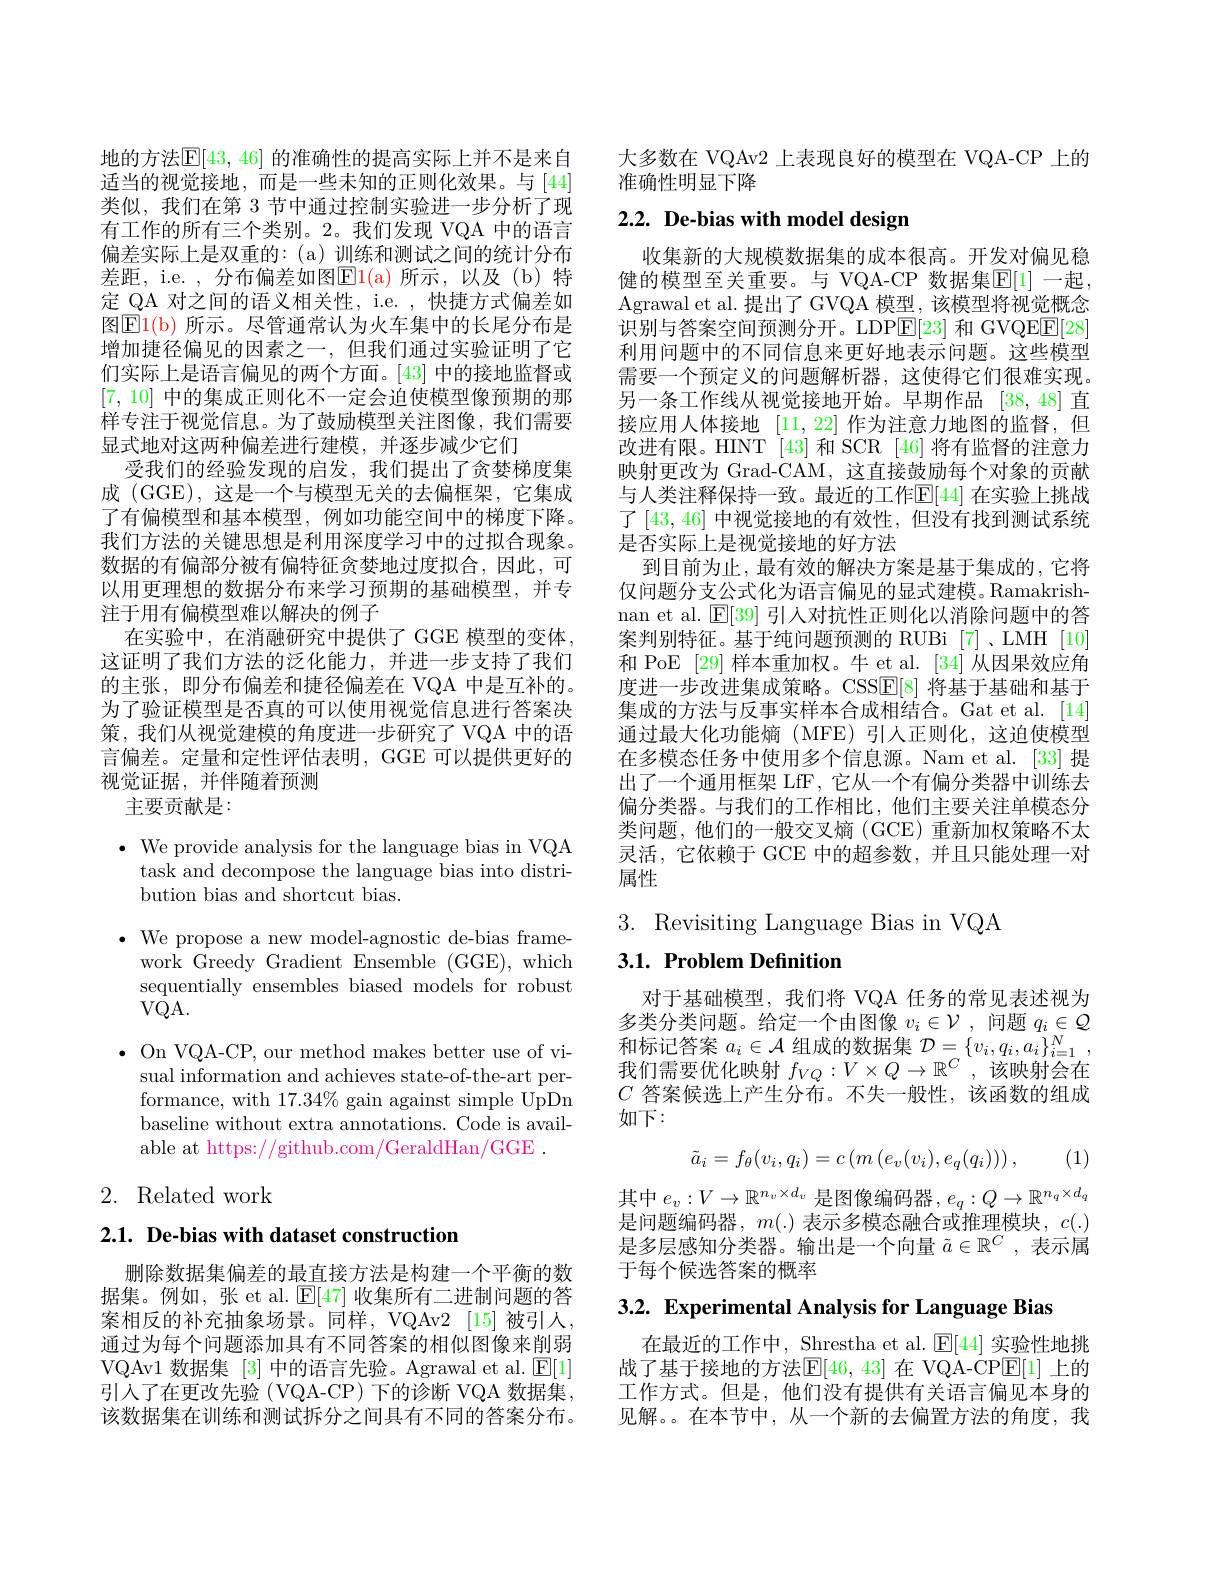
地的方法$\boxed{\mathrm{E}}[43,46]$ 的准确性的提高实际上并不是来自适当的视觉接地，而是一些未知的正则化效果。与[44] 类似，我们在第 3 节中通过控制实验进一步分析了现有工作的所有三个类别。2。我们发现 VQA 中的语言偏差实际上是双重的：(a)训练和测试之间的统计分布差距，i.e. , 分布偏差如图$\boxed{\mathrm{E}}1($a)所示，以及(b)特定 QA 对之间的语义相关性，i.e. , 快捷方式偏差如图$\operatorname{El}($b)所示。尽管通常认为火车集中的长尾分布是增加捷径偏见的因素之一，但我们通过实验证明了它们实际上是语言偏见的两个方面。[43]中的接地监督或[7,10]中的集成正则化不一定会迫使模型像预期的那样专注于视觉信息。为了鼓励模型关注图像，我们需要显式地对这两种偏差进行建模，并逐步减少它们
受我们的经验发现的启发，我们提出了贪婪梯度集成 (GGE),这是一个与模型无关的去偏框架，它集成了有偏模型和基本模型，例如功能空间中的梯度下降。我们方法的关键思想是利用深度学习中的过拟合现象。数据的有偏部分被有偏特征贪婪地过度拟合，因此，可以用更理想的数据分布来学习预期的基础模型，并专注于用有偏模型难以解决的例子
在实验中，在消融研究中提供了GGE 模型的变体， 这证明了我们方法的泛化能力，并进一步支持了我们的主张，即分布偏差和捷径偏差在 VQA 中是互补的。为了验证模型是否真的可以使用视觉信息进行答案决策，我们从视觉建模的角度进一步研究了 VQA 中的语言偏差。定量和定性评估表明，GGE 可以提供更好的视觉证据，并伴随着预测
主要贡献是：

$\bullet$ We provide analysis for the language bias in VQA
task and decompose the language bias into distri-
bution bias and shortcut bias.
$\bullet$ We propose a new model-agnostic de-bias frame-
work Greedy Gradient Ensemble (GGE), which sequentially ensembles biased models for robust $VQA.$
$\bullet$ On VQA-CP, our method makes better use of vi-
sual information and achieves state-of-the-art performance, with $17.34\%$ gain against simple UpDn baseline without extra annotations. Code is available at https://github.com/GeraldHan/GGE .

# 2. Related work

2.1. De-bias with dataset construction

删除数据集偏差的最直接方法是构建一个平衡的数据集。例如，张 et al.$\operatorname{E}[47]$收集所有二进制问题的答案相反的补充抽象场景。同样，VQAv2 [15]被引人， 通过为每个问题添加具有不同答案的相似图像来削弱VQAv1 数据集[3]中的语言先验。Agrawal et al.$\boxed{\mathrm{E}}[1]$ 引入了在更改先验(VQA-CP)下的诊断 VQA 数据集， 该数据集在训练和测试拆分之间具有不同的答案分布。

大多数在 VQAv2 上表现良好的模型在 VQA-CP 上的
准确性明显下降

# 2.2. De-bias with model design

收集新的大规模数据集的成本很高。开发对偏见稳健的模型至关重要。与 VQA-CP 数据集$\mathbb{E}[1]$ 一起， Agrawal et al. 提出了 GVQA 模型，该模型将视觉概念识别与答案空间预测分开。LDP$\overline{\mathbb{E}}[23]$和 GVQEE[28] 利用问题中的不同信息来更好地表示问题。这些模型需要一个预定义的问题解析器，这使得它们很难实现。另一条工作线从视觉接地开始。早期作品 [38,48] 直接应用人体接地[11,22]作为注意力地图的监督，但改进有限。HINT [43]和 SCR [46] 将有监督的注意力映射更改为 Grad-CAM, 这直接鼓励每个对象的贡献与人类注释保持一致。最近的工作$\mathbb{E}[44]$ 在实验上挑战了[43,46] 中视觉接地的有效性，但没有找到测试系统是否实际上是视觉接地的好方法
到目前为止，最有效的解决方案是基于集成的，它将仅问题分支公式化为语言偏见的显式建模。Ramakrishnan et al. $\mathbb{E}[39]$引人对抗性正则化以消除问题中的答案判别特征。基于纯问题预测的 RUBi [7]、LMH [10] 和 PoE [29] 样本重加权。牛 et al. [34] 从因果效应角度进一步改进集成策略。CSSE[8] 将基于基础和基于集成的方法与反事实样本合成相结合。Gat et al.[14] 通过最大化功能熵(MFE)引人正则化，这迫使模型在多模态任务中使用多个信息源。Nam et al.[33] 提出了一个通用框架 LfF, 它从一个有偏分类器中训练去偏分类器。与我们的工作相比，他们主要关注单模态分类问题，他们的一般交叉熵(GCE)重新加权策略不太灵活，它依赖于 GCE 中的超参数，并且只能处理一对属性

3. Revisiting Language Bias in VQA
# 3.1. Problem Definition

对于基础模型，我们将 VQA 任务的常见表述视为多类分类问题。给定一个由图像$v_i\in\mathcal{V}$ ,问题$q_i\in\mathcal{Q}$ 和标记答案$a_i\in\mathcal{A}$组成的数据集$\mathcal{D}=\{v_i,q_i,a_i\}_{i=1}^N$, 我们需要优化映射$f_{VQ}:V\times Q\to\mathbb{R}^C$,该映射会在$C$答案候选上产生分布。不失一般性，该函数的组成如下：
$$\tilde{a}_i=f_\theta(v_i,q_i)=c\left(m\left(e_v(v_i),e_q(q_i)\right)\right),$$
(1)

其中$e_v:V\to\mathbb{R}^{n_v\times d_v}$是图像编码器$,e_q:Q\to\mathbb{R}^{n_q\times d_q}$ 是问题编码器，$m(.)$表示多模态融合或推理模块，$c(.)$ 是多层感知分类器。输出是一个向量$\tilde{a}\in\mathbb{R}^C$,表示属于每个候选答案的概率

3.2. Experimental Analysis for Language Bias

在最近的工作中，Shrestha et al. $\boxed{\mathbb{E}}[44]$实验性地挑战了基于接地的方法$\mathbb{E}[46,43]$ 在 VQA-CP$\mathbb{E}[1]$ 上的工作方式。但是，他们没有提供有关语言偏见本身的见解。。在本节中，从一个新的去偏置方法的角度，我